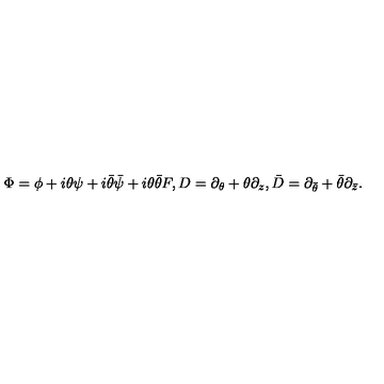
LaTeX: \Phi = \phi + i \theta \psi + i \bar { \theta } \bar { \psi } + i \theta \bar { \theta } F , D = \partial _ { \theta } + \theta \partial _ { z } , \bar { D } = \partial _ { \bar { \theta } } + \bar { \theta } \partial _ { \bar { z } } .